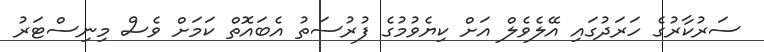
ސަރުކާރުގެ ހަރަދުގައި އޭލެވެލް އަށް ކިޔެވުމުގެ ފުރުސަތު އެބައޮތް ކަމަށް ވެސް މިނިސްޓަރު